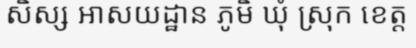
សិស្ស អាសយដ្ឋាន ភូមិ ឃុំ ស្រុក ខេត្ត